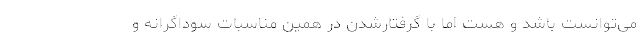
می‌توانست باشد و هست اما با گرفتارشدن در همین مناسبات سوداگرانه و